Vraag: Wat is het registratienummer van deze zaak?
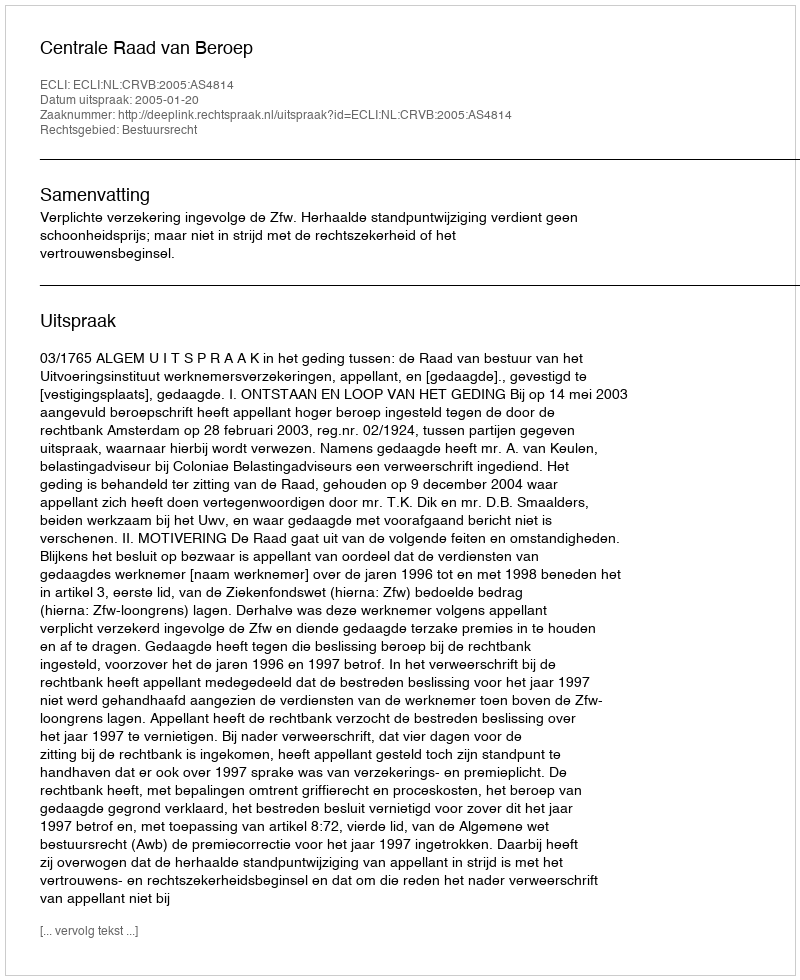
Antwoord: http://deeplink.rechtspraak.nl/uitspraak?id=ECLI:NL:CRVB:2005:AS4814